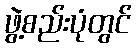
ဖွဲ့စည်းပုံတွင်